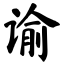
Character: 谕